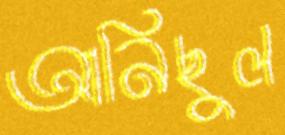
আনিছুল